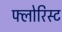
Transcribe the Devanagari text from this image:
फ्लोरिस्ट